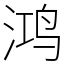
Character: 鸿